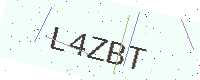
Text: L4ZBT